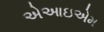
એઆઇએમ